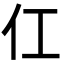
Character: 仜